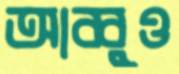
আব্বুও